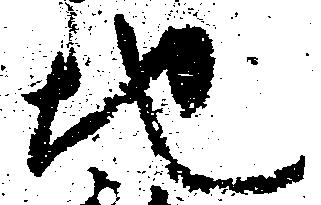
地